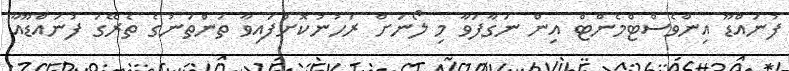
ފުނައްޑޫ އިންވެސްޓްމެންޓް އިން ނަގާފަވާ މި ލޯނަށް ރަހުނުކޮށްފައިވާ ތަންތަނުގެ ތެރޭގަ ފުނައްޑޫއާ